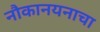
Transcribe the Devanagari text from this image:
नौकानयनाचा